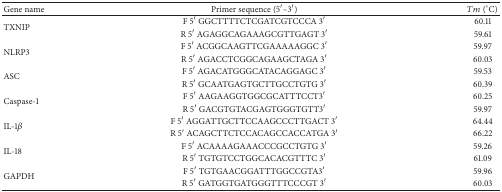
| Gene name | Primer sequence (5′–3′) | Tm (°C) |
 | --- | --- | --- |
 | <ROWSPAN=2> TXNIP | F 5′ GGCTTTTCTCGATCGTCCCA 3′ | 60.11 |
 | R 5′ AGAGGCAGAAAGCGTTGAGT 3′ | 59.61 |
 | <ROWSPAN=2> NLRP3 | F 5′ ACGGCAAGTTCGAAAAAGGC 3′ | 59.97 |
 | R 5′ AGACCTCGGCAGAAGCTAGA 3′ | 60.03 |
 | <ROWSPAN=2> ASC | F 5′ AGACATGGGCATACAGGAGC 3′ | 59.53 |
 | R 5′ GCAATGAGTGCTTGCCTGTG 3′ | 60.39 |
 | <ROWSPAN=2> Caspase-1 | F 5′ AAGAAGGTGGCGCATTTCCT3′ | 60.25 |
 | R 5′ GACGTGTACGAGTGGGTGTT3′ | 59.97 |
 | <ROWSPAN=2> IL-1β | F 5′ AGGATTGCTTCCAAGCCCTTGACT 3′ | 64.44 |
 | R 5′ ACAGCTTCTCCACAGCCACCATGA 3′ | 66.22 |
 | <ROWSPAN=2> IL-18 | F 5′ ACAAAAGAAACCCGCCTGTG 3′ | 59.26 |
 | R 5′ TGTGTCCTGGCACACGTTTC 3′ | 61.09 |
 | <ROWSPAN=2> GAPDH | F 5′ TGTGAACGGATTTGGCCGTA3′ | 59.96 |
 | R 5′ GATGGTGATGGGTTTCCCGT 3′ | 60.03 |